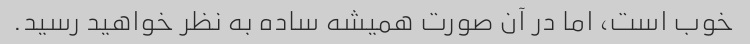
خوب است، اما در آن صورت همیشه ساده به نظر خواهید رسید.